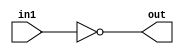
`timescale 1ns/1ps

// Module for a 32-bit NOT operation
module NOT32(input [31:0] in1, output [31:0] out);
    assign out = ~in1; // Bitwise NOT operation on in1 and assign to out.
endmodule

// Module for a 32-bit AND operation
module AND32(input [31:0] in1, input [31:0] in2, output [31:0] out);
    assign out = in1 & in2; // Bitwise AND operation between in1 and in2, result assigned to out.
endmodule

// Module for a 32-bit arithmetic right shift operation
module SHIFT_RIGHT_ARITHMETIC(input [31:0] in1, output [31:0] out);
    assign out = {1'b0, in1[31:1]}; // Arithmetic right shift on in1, result assigned to out.
endmodule

// Module for a 32-bit logical right shift operation
module SHIFT_RIGHT_LOGICAL(input [31:0] in1, output [31:0] out);
    assign out = {in1[31], in1[31:1]}; // Logical right shift on in1, result assigned to out.
endmodule

// Module for a 32-bit arithmetic left shift operation
module SHIFT_LEFT_ARITHMETIC(input [31:0] in1, output [31:0] out);
    assign out = {in1[30:0], 1'b0}; // Arithmetic left shift on in1, result assigned to out.
endmodule

// Module for a 32-bit OR operation
module OR32(input [31:0] in1, input [31:0] in2, output [31:0] out);
    assign out = in1 | in2; // Bitwise OR operation between in1 and in2, result assigned to out.
endmodule

// Module for a 32-bit XOR operation
module XOR32(input [31:0] in1, input [31:0] in2, output [31:0] out);
    assign out = in1 ^ in2; // Bitwise XOR operation between in1 and in2, result assigned to out.
endmodule

// Module for a 4-bit carry look-ahead adder
module carry_look_ahead_4(input [3:0] in1, input [3:0] in2, input cin, output [3:0] out, output cout);
    // Define a 4-bit wire for the propagation result
    wire [3:0] prop;

    // Define a 4-bit wire for the generation result
    wire [3:0] gen;

    // Define individual wires for carry outputs at different stages
    wire c0; // Carry 0
    wire c1; // Carry 1
    wire c2; // Carry 2
    wire c3; // Carry 3


    assign prop = in1 ^ in2; // Calculate propagate signals based on in1 and in2.
    assign gen = in1 & in2;  // Calculate generate signals based on in1 and in2.

    assign c0 = cin; // Set carry-in c0 to the input carry signal.

    assign c1 = gen[0] | (prop[0] & c0); // Calculate carry bit c1.
    assign c2 = gen[1] | (prop[1] & c1); // Calculate carry bit c2.
    assign c3 = gen[2] | (prop[2] & c2); // Calculate carry bit c3.
    assign out[0] = prop[0] ^ c0; // Calculate sum bit for the first bit.
    assign out[1] = prop[1] ^ c1; // Calculate sum bit for the second bit.
    assign out[2] = prop[2] ^ c2; // Calculate sum bit for the third bit.
    assign out[3] = prop[3] ^ c3; // Calculate sum bit for the fourth bit.

    assign cout = gen[3] | (prop[3] & c3); // Calculate the carry-out signal.
endmodule

// Module for an 8-bit carry look-ahead adder
module CLA_8(input [7:0] in1, input [7:0] in2, input cin, output [7:0] out, output cout);
    wire c1;
    carry_look_ahead_4 cla1(.in1(in1[3:0]), .in2(in2[3:0]), .cin(cin), .out(out[3:0]), .cout(c1)); // Instantiate the first CLA block for the lower 4 bits.
    carry_look_ahead_4 cla2(.in1(in1[7:4]), .in2(in2[7:4]), .cin(c1), .out(out[7:4]), .cout(cout)); // Instantiate the second CLA block for the upper 4 bits.
endmodule

// Module for a 32-bit adder
module ADD32(input [31:0] in1, input [31:0] in2, output [31:0] out);
    wire c1, c2, c3, cin,cout;
    assign cin = 1'b0; // Set initial carry-in to 0.
    CLA_8 CLA1(.in1(in1[7:0]), .in2(in2[7:0]), .cin(cin), .out(out[7:0]), .cout(c1)); // Instantiate the first CLA block for the least significant 8 bits.
    CLA_8 CLA2(.in1(in1[15:8]), .in2(in2[15:8]), .cin(c1), .out(out[15:8]), .cout(c2)); // Instantiate the second CLA block for the next 8 bits.
    CLA_8 CLA3(.in1(in1[23:16]), .in2(in2[23:16]), .cin(c2), .out(out[23:16]), .cout(c3)); // Instantiate the third CLA block for the next 8 bits.
    CLA_8 CLA4(.in1(in1[31:24]), .in2(in2[31:24]), .cin(c3), .out(out[31:24]), .cout(cout)); // Instantiate the fourth CLA block for the most significant 8 bits.
endmodule

// Module for a 32-bit subtractor
module SUBTRACT32(input [31:0] in1, input [31:0] in2, output [31:0] out);
    wire [31:0] t;
    NOT32 getNot(.in1(in2), .out(t)); // Calculate the bitwise complement of in2.
    wire [31:0] t1;
    assign t1 = 1; // Set t1 to 1 for subtraction.
    wire [31:0] out1;
    ADD32 getAdd(.in1(t), .in2(t1), .out(out1)); // Add t and t1 to perform subtraction.
    ADD32 getAdd2(.in1(out1), .in2(in1), .out(out)); // Add the result of the previous addition to in1 to obtain the subtraction result.
endmodule


// Module for an Arithmetic Logic Unit (ALU)
module ALU(
    input [3:0] opcode,                    // Input: ALU operation code
    input signed [31:0] A,                // Input: Operand A (signed)
    input signed [31:0] B,                // Input: Operand B (signed)
    input shift_amount,                   // Input: Shift amount
    output signed [31:0] ALU_result       // Output: ALU result (signed)
);

// Define a 32-bit output for addition operation
wire [31:0] outputADD;
// Define a 32-bit output for subtraction operation
wire [31:0] outputSUB;
// Define a 32-bit output for arithmetic right shift operation
wire [31:0] outputRSHIFT_ARITHMETIC;
// Define a 32-bit output for arithmetic left shift operation
wire [31:0] outputLSHIFT_ARITHMETIC;
// Define a 32-bit output for logical right shift operation
wire [31:0] outputRSHIFT_LOGICAL;
// Define a 32-bit output for bitwise AND operation
wire [31:0] outputAND;
// Define a 32-bit output for bitwise OR operation
wire [31:0] outputOR;
// Define a 32-bit output for bitwise NOT operation
wire [31:0] outputNOT;
// Define a 32-bit output for bitwise XOR operation
wire [31:0] outputXOR;
// Define a single wire for carrying purposes (for example, in addition)
wire cout;

   
    NOT32 not32(.in1(A), .out(outputNOT)); // Calculate the bitwise complement of A.
    ADD32 add32(.in1(A), .in2(B), .out(outputADD)); // Perform addition of A and B.
    XOR32 xor32(.in1(A), .in2(B), .out(outputXOR)); // Perform bitwise XOR of A and B.
    SHIFT_RIGHT_ARITHMETIC shiftRightA(.in1(A), .out(outputRSHIFT_ARITHMETIC)); // Perform arithmetic right shift on A.
    SHIFT_LEFT_ARITHMETIC shiftLeftA(.in1(A), .out(outputLSHIFT_ARITHMETIC)); // Perform arithmetic left shift on A.
    SHIFT_RIGHT_LOGICAL shiftRightL(.in1(A), .out(outputRSHIFT_LOGICAL)); // Perform logical right shift on A.
    AND32 and32(.in1(A), .in2(B), .out(outputAND)); // Perform bitwise AND of A and B.
    OR32 or32(.in1(A), .in2(B), .out(outputOR)); // Perform bitwise OR of A and B.
    SUBTRACT32 sub(.in1(A), .in2(B), .out(outputSUB)); // Perform subtraction of A and B.

    reg signed [31:0] result;             // Internal register for the ALU result (signed)

    always @(*)                           // Combinational logic for ALU operation
    begin
        case (opcode)
            4'b0000: begin
                result = outputADD;  // Select ADD operation result
            end
            4'b0001: begin
                result = outputSUB;  // Select SUB operation result
            end
            4'b0010: begin
                result = outputAND;  // Select AND operation result
            end
            4'b0011: begin
                result = outputOR;   // Select OR operation result
            end
            4'b0100: begin
                result = outputXOR;  // Select XOR operation result
            end
            4'b0101: begin
                result = outputNOT;  // Select NOT operation result
            end
            4'b0110: begin
                case (shift_amount)
                    1'b0: begin
                        result = A;  // Select SLA operation result (0 bits shifted)
                    end
                    1'b1: begin
                        result = outputLSHIFT_ARITHMETIC;  // Select SLA operation result (1 bit shifted)
                    end
                endcase
            end
            4'b0111: begin
                case (shift_amount)
                    1'b0: begin
                        result = A;  // Select SRA operation result (0 bits shifted)
                    end
                    1'b1: begin
                        result = outputRSHIFT_ARITHMETIC;  // Select SRA operation result (1 bit shifted)
                    end
                endcase
            end
            4'b1000: begin
                case (shift_amount)
                    1'b0: begin
                        result = A;  // Select SRL operation result (0 bits shifted)
                    end
                    1'b1: begin
                        result = outputRSHIFT_LOGICAL;  // Select SRL operation result (1 bit shifted)
                    end
                endcase
            end
        endcase
    end

    assign ALU_result = result;             // Assign the ALU result to the output port
//    assign carry_out = cout;       // Assign the carry-out signal to the output port
endmodule